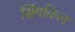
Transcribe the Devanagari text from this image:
सिंगकिल